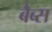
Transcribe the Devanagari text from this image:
बैब्स